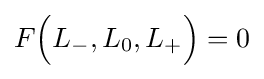
F{\Big (}L_{-},L_{0},L_{+}{\Big )}=0